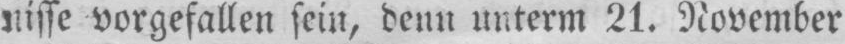
nisse vorgefallen sein, denn unterm 21. November